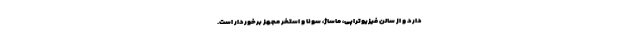
دارد و از سالن فیزیوتراپی، ماساژ، سونا و استخر مجهز برخوردار است.